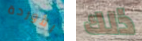
الأوردة ذلك